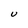
Character: U